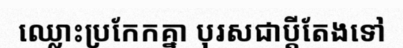
ឈ្លោះប្រកែកគ្នា បុរសជាប្តីតែងទៅ